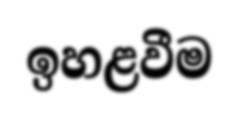
ඉහළවීම